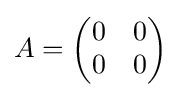
A={\begin{pmatrix}0&0\\0&0\end{pmatrix}}